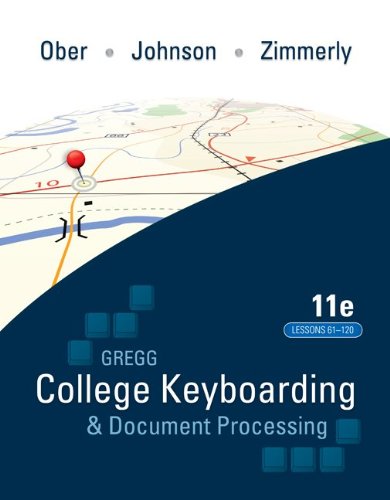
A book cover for Gregg College Keyboading & Document Processing (GDP); Lessons 61-120 text; Scot Ober; Business & Money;